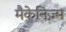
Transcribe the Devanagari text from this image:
मैकेनिज़्म